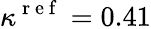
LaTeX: \kappa^{\mathrm{~r~e~f~}}=0.41